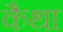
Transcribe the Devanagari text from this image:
कैथा